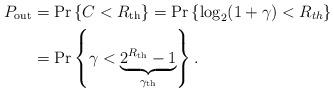
LaTeX: \begin{align*} P_{\rm out}&=\Pr\left \{ C<R_{\rm th} \right \}=\Pr\left \{ \log_2 (1+\gamma)<R_{th} \right \} \\ & = \Pr\left \{ \gamma <\underbrace{2^{R_{\rm th}}-1}_{\gamma_{\rm th}} \right \}.\end{align*}